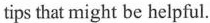
tips that might be helpful.